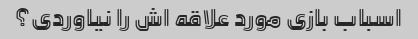
اسباب بازی مورد علاقه اش را نیاوردی؟